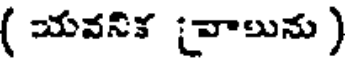
( యవనిక (వాలును )